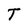
Character: T